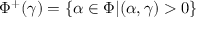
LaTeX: \Phi ^ { + } ( \gamma ) = \{ \alpha \in \Phi | ( \alpha , \gamma ) > 0 \}